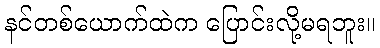
နင်တစ်ယောက်ထဲက ပြောင်းလို့မရဘူး။